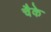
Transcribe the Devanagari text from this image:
चैके